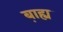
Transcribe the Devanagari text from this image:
ब़ाह्य